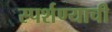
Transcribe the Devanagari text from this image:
स्पर्शण्याची